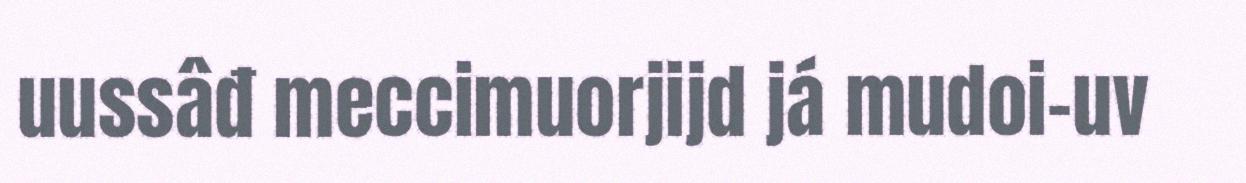
uussâđ meccimuorjijd já mudoi-uv